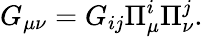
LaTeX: G_{\mu\nu}=G_{ij}\Pi_{\mu}^{i}\Pi_{\nu}^{j}.